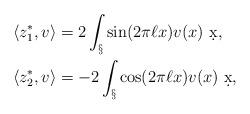
LaTeX: \begin{align*}\langle z_1^*, v \rangle &= 2 \int_\S \sin(2\pi \ell x) v(x) \ \d x,\\\langle z_2^*, v \rangle &= -2 \int_\S \cos(2\pi \ell x) v(x) \ \d x,\end{align*}